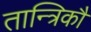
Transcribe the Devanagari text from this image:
तान्त्रिकौं